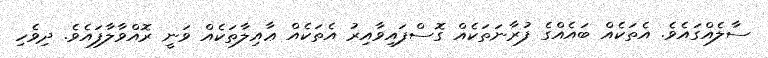
ސާލެއްގައެވެ. އެތަކެއް ބައެއްގެ ފުރާނަތަކެއް ގޮސްފައިވާއިރު އެތަކެއް ޢާއިލާތަކެއް ވަނީ ރޮއްވާލާފައެވެ. ދިވެހި